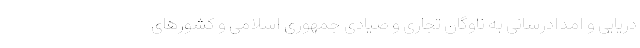
دریایی و امدادرسانی به ناوگان تجاری و صیادی جمهوری اسلامی و کشورهای